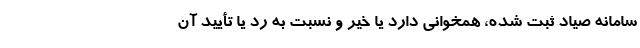
سامانه صیاد ثبت شده، همخوانی دارد یا خیر و نسبت به رد یا تأیید آن